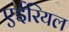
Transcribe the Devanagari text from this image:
एईरियल